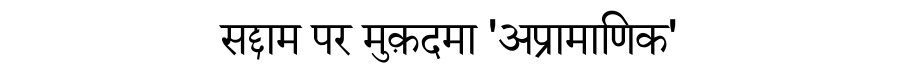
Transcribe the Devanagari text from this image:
सद्दाम पर मुक़दमा 'अप्रामाणिक'